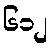
၆၁၂